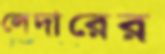
লেদারের